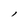
Character: l